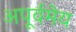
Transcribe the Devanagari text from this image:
अपूर्वमेय